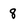
Character: 8